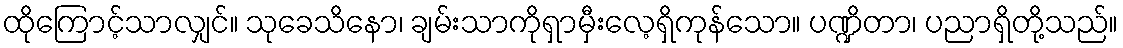
ထိုကြောင့်သာလျှင်။ သုခေသိနော၊ ချမ်းသာကိုရှာမှီးလေ့ရှိကုန်သော။ ပဏ္ဍိတာ၊ ပညာရှိတို့သည်။